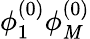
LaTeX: \phi_{1}^{(0)}\phi_{\mathit{M}}^{(0)}